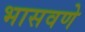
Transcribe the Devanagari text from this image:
भासवणे